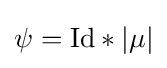
\psi =\mathrm {Id} *|\mu |